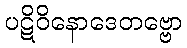
ပဋိဝိနောဒေတဗ္ဗော